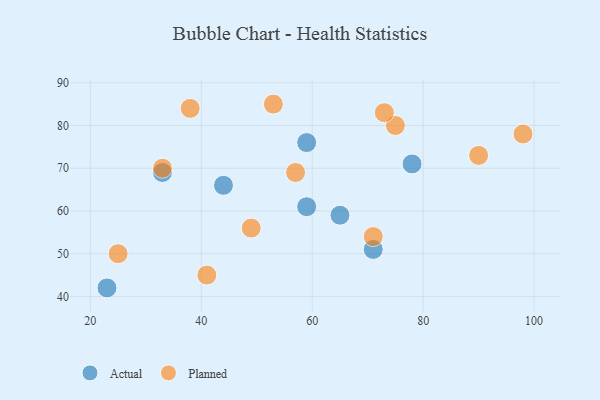
{"axis": {"x": "GDP", "y": "Life Expectancy"}, "legend": ["Actual", "Planned"], "data": [{"x": "33", "y": 69, "type": "Actual"}, {"x": "78", "y": 71, "type": "Actual"}, {"x": "44", "y": 66, "type": "Actual"}, {"x": "23", "y": 42, "type": "Actual"}, {"x": "59", "y": 61, "type": "Actual"}, {"x": "71", "y": 51, "type": "Actual"}, {"x": "65", "y": 59, "type": "Actual"}, {"x": "59", "y": 76, "type": "Actual"}, {"x": "33", "y": 70, "type": "Planned"}, {"x": "53", "y": 85, "type": "Planned"}, {"x": "57", "y": 69, "type": "Planned"}, {"x": "90", "y": 73, "type": "Planned"}, {"x": "75", "y": 80, "type": "Planned"}, {"x": "25", "y": 50, "type": "Planned"}, {"x": "98", "y": 78, "type": "Planned"}, {"x": "38", "y": 84, "type": "Planned"}, {"x": "49", "y": 56, "type": "Planned"}, {"x": "73", "y": 83, "type": "Planned"}, {"x": "41", "y": 45, "type": "Planned"}, {"x": "71", "y": 54, "type": "Planned"}]}